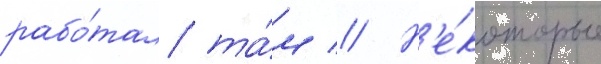
рабо́тал та́м // Н'е́которые